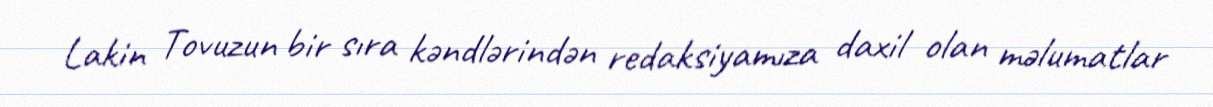
Lakin Tovuzun bir sıra kəndlərindən redaksiyamıza daxil olan məlumatlar